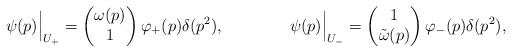
\begin{align*} \psi(p)\Bigr|_{U_+}= \begin{pmatrix}\omega(p)\\1\end{pmatrix} \varphi_+(p)\delta(p^2), \qquad\qquad \psi(p)\Bigr|_{U_-}= \begin{pmatrix}1\\\tilde\omega(p)\end{pmatrix} \varphi_-(p)\delta(p^2),\end{align*}